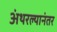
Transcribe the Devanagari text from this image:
अंथरल्यानंतर